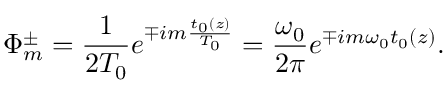
\Phi _ { m } ^ { \pm } = \frac { 1 } { 2 T _ { 0 } } e ^ { \mp i m \frac { t _ { 0 } ( z ) } { T _ { 0 } } } = \frac { \omega _ { 0 } } { 2 \pi } e ^ { \mp i m \omega _ { 0 } t _ { 0 } ( z ) } .